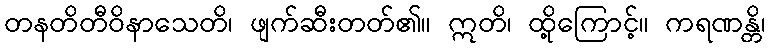
တနတိတီဝိနာသေတိ၊ ဖျက်ဆီးတတ်၏။ ဣတိ၊ ထို့ကြောင့်။ ကရဏန္တိ၊